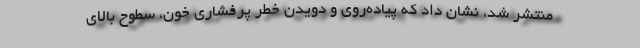
منتشر شد، نشان داد که پیاده‌روی و دویدن خطر پرفشاری خون، سطوح بالای